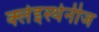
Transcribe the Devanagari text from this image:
क्लेइस्थेनीज